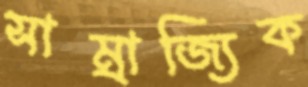
সাম্রাজ্যিক